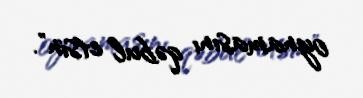
oynamasını qəbul etsin".